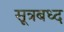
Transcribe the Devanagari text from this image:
सूत्रबध्द